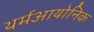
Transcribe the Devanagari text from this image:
थर्मआयोनिक